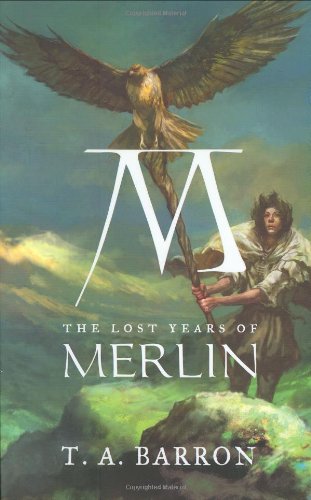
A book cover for The Lost Years of Merlin; T. A. Barron; Children's Books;